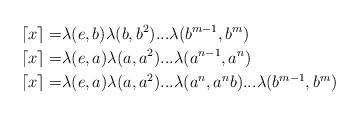
LaTeX: \begin{align*}\lceil x \rceil =& \lambda(e,b)\lambda(b,b^2)...\lambda(b^{m-1},b^m) \\\lceil x \rceil=&\lambda(e,a)\lambda(a,a^2)...\lambda(a^{n-1},a^n) \\\lceil x \rceil=&\lambda(e,a)\lambda(a,a^2)...\lambda(a^n,a^nb)...\lambda(b^{m-1}, b^m)\end{align*}